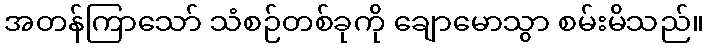
အတန်ကြာသော် သံစဉ်တစ်ခုကို ချောမောသွာ စမ်းမိသည်။